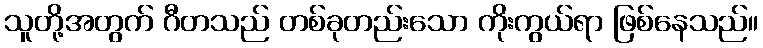
သူတို့အတွက် ဂီတသည် တစ်ခုတည်းသော ကိုးကွယ်ရာ ဖြစ်နေသည်။